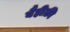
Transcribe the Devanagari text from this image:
बैहीक़ी